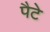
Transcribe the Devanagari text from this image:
पैटे